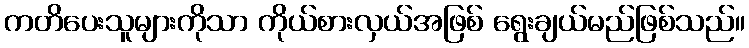
ကတိပေးသူများကိုသာ ကိုယ်စားလှယ်အဖြစ် ရွေးချယ်မည်ဖြစ်သည်။